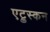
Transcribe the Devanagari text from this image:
एट्रुस्कन